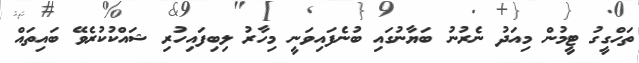
ތަހްގީގު ޓީމުން މިއަދު ނެރުނު ބަޔާނުގައި ބުނެފައިވަނީ މިހާރު ލިބިފައިހުރި ޝައްކުކުރެވޭ ބައިތައް